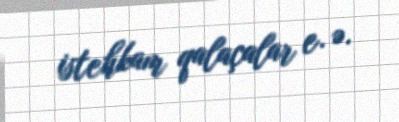
istehkam qalaçalar e. ə.